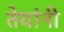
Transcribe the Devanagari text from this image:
तेयांनी